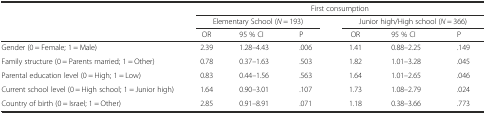
<table><thead><tr><td rowspan="3"></td><td colspan="6"><b>First consumption</b></td></tr><tr><td colspan="3"><b>Elementary School (<i>N</i> = 193)</b></td><td colspan="3"><b>Junior high/High school (<i>N</i> = 366)</b></td></tr><tr><td><b>OR</b></td><td><b>95 % CI</b></td><td><b>P</b></td><td><b>OR</b></td><td><b>95 % CI</b></td><td><b>P</b></td></tr></thead><tbody><tr><td>Gender (0 = Female; 1 = Male)</td><td>2.39</td><td>1.28–4.43</td><td>.006</td><td>1.41</td><td>0.88–2.25</td><td>.149</td></tr><tr><td>Family structure (0 = Parents married; 1 = Other)</td><td>0.78</td><td>0.37–1.63</td><td>.503</td><td>1.82</td><td>1.01–3.28</td><td>.045</td></tr><tr><td>Parental education level (0 = High; 1 = Low)</td><td>0.83</td><td>0.44–1.56</td><td>.563</td><td>1.64</td><td>1.01–2.65</td><td>.046</td></tr><tr><td>Current school level (0 = High school; 1 = Junior high)</td><td>1.64</td><td>0.90–3.01</td><td>.107</td><td>1.73</td><td>1.08–2.79</td><td>.024</td></tr><tr><td>Country of birth (0 = Israel; 1 = Other)</td><td>2.85</td><td>0.91–8.91</td><td>.071</td><td>1.18</td><td>0.38–3.66</td><td>.773</td></tr></tbody></table>